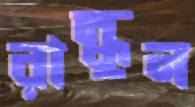
রান্ধুন